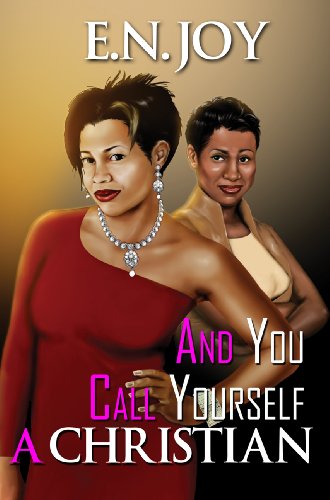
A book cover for And You Call Yourself a Christian (Urban Books); E.N. Joy; Literature & Fiction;